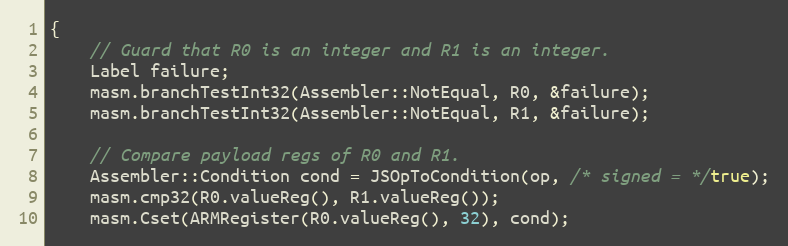
Language: C++
{
    // Guard that R0 is an integer and R1 is an integer.
    Label failure;
    masm.branchTestInt32(Assembler::NotEqual, R0, &failure);
    masm.branchTestInt32(Assembler::NotEqual, R1, &failure);

    // Compare payload regs of R0 and R1.
    Assembler::Condition cond = JSOpToCondition(op, /* signed = */true);
    masm.cmp32(R0.valueReg(), R1.valueReg());
    masm.Cset(ARMRegister(R0.valueReg(), 32), cond);